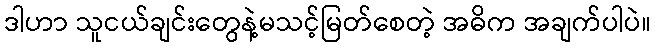
ဒါဟာ သူငယ်ချင်းတွေနဲ့မသင့်မြတ်စေတဲ့ အဓိက အချက်ပါပဲ။